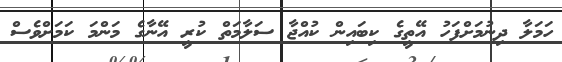
ހަމަލާ ދިނުމަށްފަހު އޭތީގެ ކިބައިން ކުއްޖާ ސަލާމަތް ކުރީ އޭނާގެ މަންމަ ކަމަށްވެސް